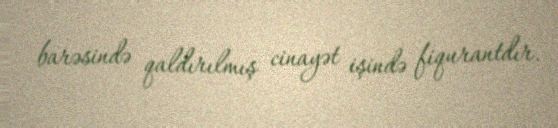
barəsində qaldırılmış cinayət işində fiqurantdır.